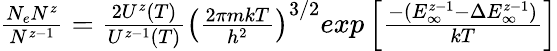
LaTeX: \begin{array}{r}{\frac{N_{e}N^{z}}{N^{z-1}}=\frac{2U^{z}(T)}{U^{z-1}(T)}\left(\frac{2\pi mkT}{h^{2}}\right)^{3/2}exp\left[\frac{-(E_{\infty}^{z-1}-\Delta E_{\infty}^{z-1})}{kT}\right]}\end{array}